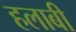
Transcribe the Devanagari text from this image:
हलाबी